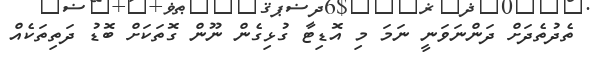
ތެދުތެދަށް ދަންނަވަނީ ނަމަ މި އޮޑިޓާ ގުޅިގެން ނޫން ގޮތަކަށް ބޮޑު ދަތިތަކެއް